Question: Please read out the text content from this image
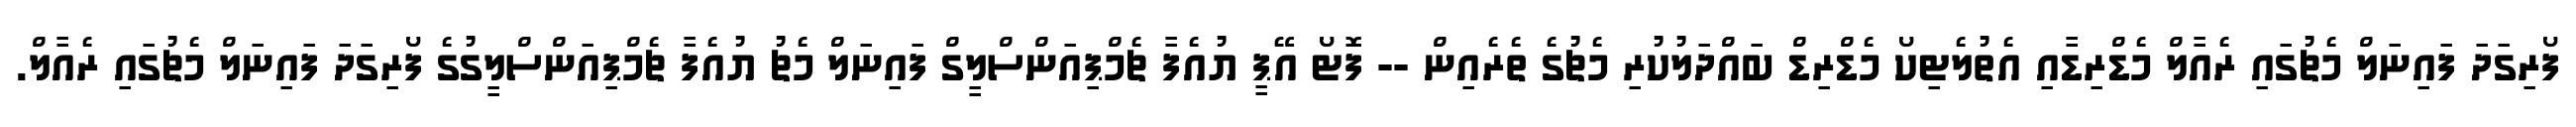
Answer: ފޯރިގަދަ ފައިނަލް މެޗުގައި ރެއާލް މެޑްރިޑާއި އެތުލެޓިކޯ މެޑްރިޑް ބައްދަލުކުރި މެޗުގެ ތެރެއިން -- ފޮޓޯ އޭޕީ ޔުއެފާ ޗެމްޕިއަންސްލީގް ފައިނަލް މެޗު ޔުއެފާ ޗެމްޕިއަންސްލީގުގެ ފޯރިގަދަ ފައިނަލް މެޗުގައި ރެއާލް.